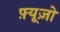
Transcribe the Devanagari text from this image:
फ़्यूज़ो